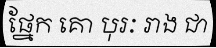
ផ្នែក គោ បុរៈ រាង ជា